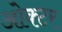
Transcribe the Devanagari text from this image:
ओक्टर